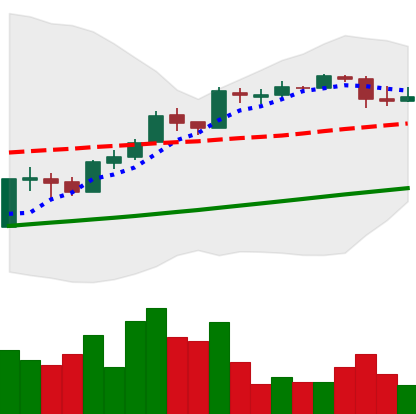
Ticker: BTC-USD
Chart end date: 2017-04-15
Forward return: 4.824%
Label: up_3_5